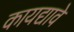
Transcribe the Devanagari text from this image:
कायद्यावे